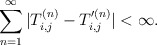
\begin{align*}\sum_{n=1}^\infty|T_{i,j}^{(n)}-T_{i,j}'^{(n)}|<\infty.\end{align*}